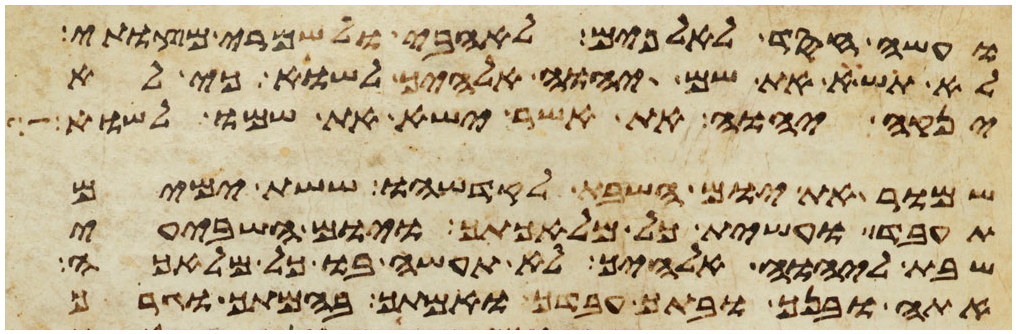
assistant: ועשה חסד לאלפים לאהבי ולשמרי מצותי
לא תשא את שם יהוה אלהיך לשוא כי לא
ינקה יהוה את אשר ישא את שמו לשוא
שמור את יום השבת לקדשהו ששת ימים
תעבד ועשית כל מלאכתך ויום השביעי
שבת ליהוה אלהיך לא תעשה בו כל מלאכה
אתה ובנך ובתך עבדך ואמתך בהמתך וגרך